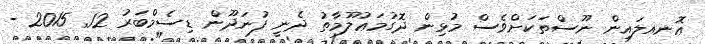
ޢޮނއލައިން ނޫސްތަކަށްވެސް މުޅިން ދޮގުމަޢުލޫމާތު ދެނީ ފުނަދޫން ޑިސެމްބަރު 12